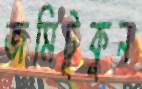
জমিটুকুন